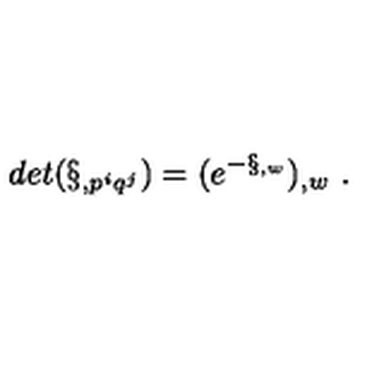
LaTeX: d e t ( \S _ { , p ^ { i } q ^ { j } } ) = ( e ^ { - \S _ { , w } } ) _ { , w } \ .